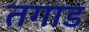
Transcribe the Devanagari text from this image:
तगाड